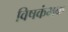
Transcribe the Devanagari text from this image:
विषकंभक